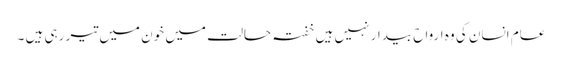
عام انسان کی وہ ارواح بیدار نہیں ہیں خفتہ حالت میں خون میں تیر رہی ہیں ۔